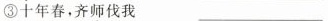
③十年春，齐师伐我 ___